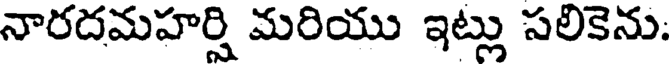
నారదమహర్షి మరియు ఇట్లు సలికెను: